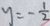
y = - \frac { 1 } { 2 }